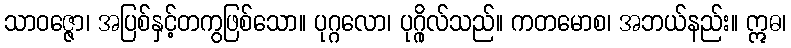
သာဝဇ္ဇော၊ အပြစ်နှင့်တကွဖြစ်သော။ ပုဂ္ဂလော၊ ပုဂ္ဂိုလ်သည်။ ကတမောစ၊ အဘယ်နည်း။ ဣဓ၊